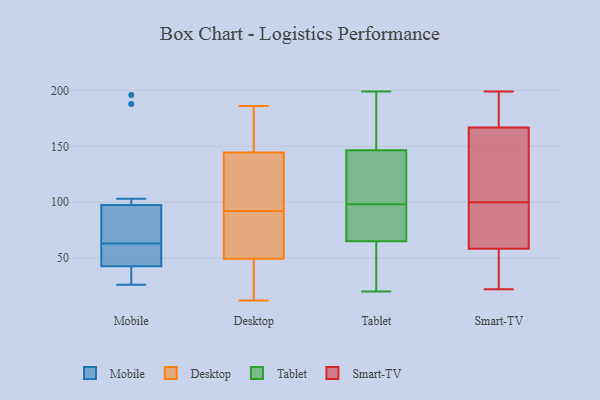
{"axis": {"x": "Waste Production (Tons)", "y": "Value"}, "legend": ["Desktop", "Mobile", "Smart-TV", "Tablet"], "data": [{"x": "", "y": 196, "type": "Mobile"}, {"x": "", "y": 92, "type": "Mobile"}, {"x": "", "y": 33, "type": "Mobile"}, {"x": "", "y": 78, "type": "Mobile"}, {"x": "", "y": 26, "type": "Mobile"}, {"x": "", "y": 69, "type": "Mobile"}, {"x": "", "y": 188, "type": "Mobile"}, {"x": "", "y": 41, "type": "Mobile"}, {"x": "", "y": 44, "type": "Mobile"}, {"x": "", "y": 48, "type": "Mobile"}, {"x": "", "y": 103, "type": "Mobile"}, {"x": "", "y": 57, "type": "Mobile"}, {"x": "", "y": 108, "type": "Desktop"}, {"x": "", "y": 12, "type": "Desktop"}, {"x": "", "y": 183, "type": "Desktop"}, {"x": "", "y": 61, "type": "Desktop"}, {"x": "", "y": 92, "type": "Desktop"}, {"x": "", "y": 49, "type": "Desktop"}, {"x": "", "y": 60, "type": "Desktop"}, {"x": "", "y": 153, "type": "Desktop"}, {"x": "", "y": 119, "type": "Desktop"}, {"x": "", "y": 155, "type": "Desktop"}, {"x": "", "y": 154, "type": "Desktop"}, {"x": "", "y": 117, "type": "Desktop"}, {"x": "", "y": 31, "type": "Desktop"}, {"x": "", "y": 50, "type": "Desktop"}, {"x": "", "y": 186, "type": "Desktop"}, {"x": "", "y": 86, "type": "Desktop"}, {"x": "", "y": 20, "type": "Desktop"}, {"x": "", "y": 95, "type": "Desktop"}, {"x": "", "y": 22, "type": "Desktop"}, {"x": "", "y": 41, "type": "Tablet"}, {"x": "", "y": 92, "type": "Tablet"}, {"x": "", "y": 126, "type": "Tablet"}, {"x": "", "y": 104, "type": "Tablet"}, {"x": "", "y": 169, "type": "Tablet"}, {"x": "", "y": 86, "type": "Tablet"}, {"x": "", "y": 162, "type": "Tablet"}, {"x": "", "y": 20, "type": "Tablet"}, {"x": "", "y": 44, "type": "Tablet"}, {"x": "", "y": 86, "type": "Tablet"}, {"x": "", "y": 199, "type": "Tablet"}, {"x": "", "y": 131, "type": "Tablet"}, {"x": "", "y": 189, "type": "Smart-TV"}, {"x": "", "y": 24, "type": "Smart-TV"}, {"x": "", "y": 196, "type": "Smart-TV"}, {"x": "", "y": 100, "type": "Smart-TV"}, {"x": "", "y": 68, "type": "Smart-TV"}, {"x": "", "y": 41, "type": "Smart-TV"}, {"x": "", "y": 59, "type": "Smart-TV"}, {"x": "", "y": 199, "type": "Smart-TV"}, {"x": "", "y": 142, "type": "Smart-TV"}, {"x": "", "y": 188, "type": "Smart-TV"}, {"x": "", "y": 67, "type": "Smart-TV"}, {"x": "", "y": 173, "type": "Smart-TV"}, {"x": "", "y": 58, "type": "Smart-TV"}, {"x": "", "y": 22, "type": "Smart-TV"}, {"x": "", "y": 53, "type": "Smart-TV"}, {"x": "", "y": 104, "type": "Smart-TV"}, {"x": "", "y": 104, "type": "Smart-TV"}, {"x": "", "y": 59, "type": "Smart-TV"}, {"x": "", "y": 148, "type": "Smart-TV"}]}